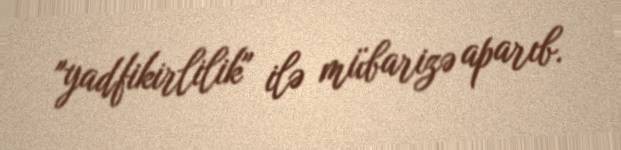
"yadfikirlilik" ilə mübarizə aparıb.